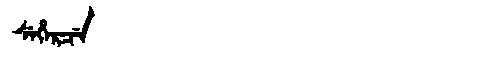
Manchu: ᠰᡝᡥᡝᡵᠴᡝ
Romanization: SEHERCE